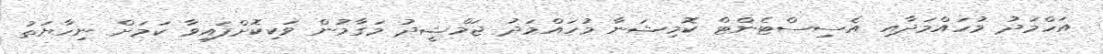
އަހްމަދު މުހައްމަދާއި އެސިސްޓެންޓް ކޮމިޝަނާ މުހައްމަދު ޖަމްޝީދު މަގާމުން ވަކިކޮށްފައިވާ ކަމަށް ނިހާޔަތު